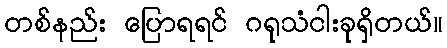
တစ်နည်း ပြောရရင် ဂရုသံငါးခုရှိတယ်။